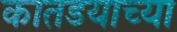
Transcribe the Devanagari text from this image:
कातडयाच्या